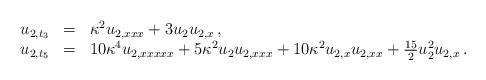
LaTeX: \begin{align*}\begin{array}{rcl}u_{2,t_3} & = & \kappa^2 u_{2,xxx} + 3 u_2 u_{2,x} \,, \\u_{2,t_5} & = & 10 \kappa^4 u_{2,xxxxx} + 5\kappa^2 u_2 u_{2,xxx}+ 10 \kappa^2 u_{2,x} u_{2,xx} + \frac{15}{2} u_2^2 u_{2,x} \,.\end{array}\end{align*}